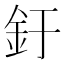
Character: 釪